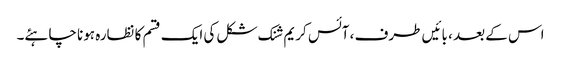
اس کے بعد ، بائیں طرف ، آئس کریم شنک شکل کی ایک قسم کا نظارہ ہونا چاہئے۔